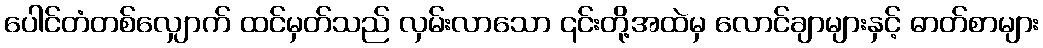
ပေါင်တံတစ်လျှောက် ထင်မှတ်သည် လှမ်းလာသော ၎င်းတို့အထဲမှ လောင်ချာများနှင့် ဓာတ်စာများ